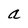
Character: a